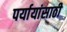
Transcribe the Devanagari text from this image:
पर्यायांसाठी